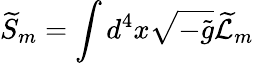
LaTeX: \widetilde{S}_{m}=\int d^{4}x\sqrt{-\widetilde{g}}\widetilde{{\cal L}}_{m}